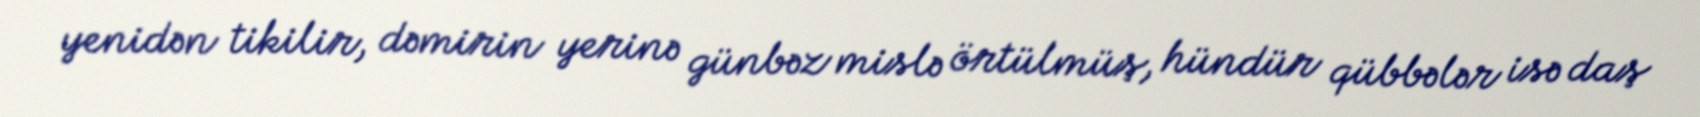
yenidən tikilir, dəmirin yerinə günbəz mislə örtülmüş, hündür qübbələr isə daş